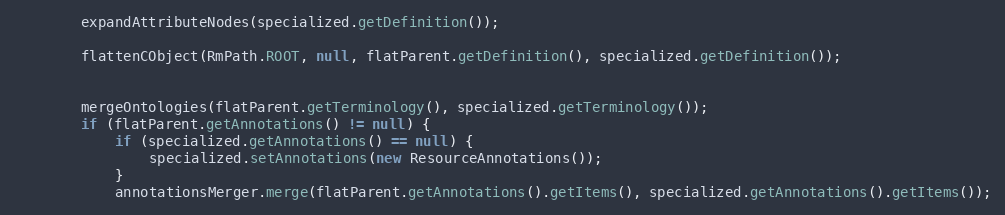
Language: Java
        expandAttributeNodes(specialized.getDefinition());

        flattenCObject(RmPath.ROOT, null, flatParent.getDefinition(), specialized.getDefinition());

        mergeOntologies(flatParent.getTerminology(), specialized.getTerminology());
        if (flatParent.getAnnotations() != null) {
            if (specialized.getAnnotations() == null) {
                specialized.setAnnotations(new ResourceAnnotations());
            }
            annotationsMerger.merge(flatParent.getAnnotations().getItems(), specialized.getAnnotations().getItems());